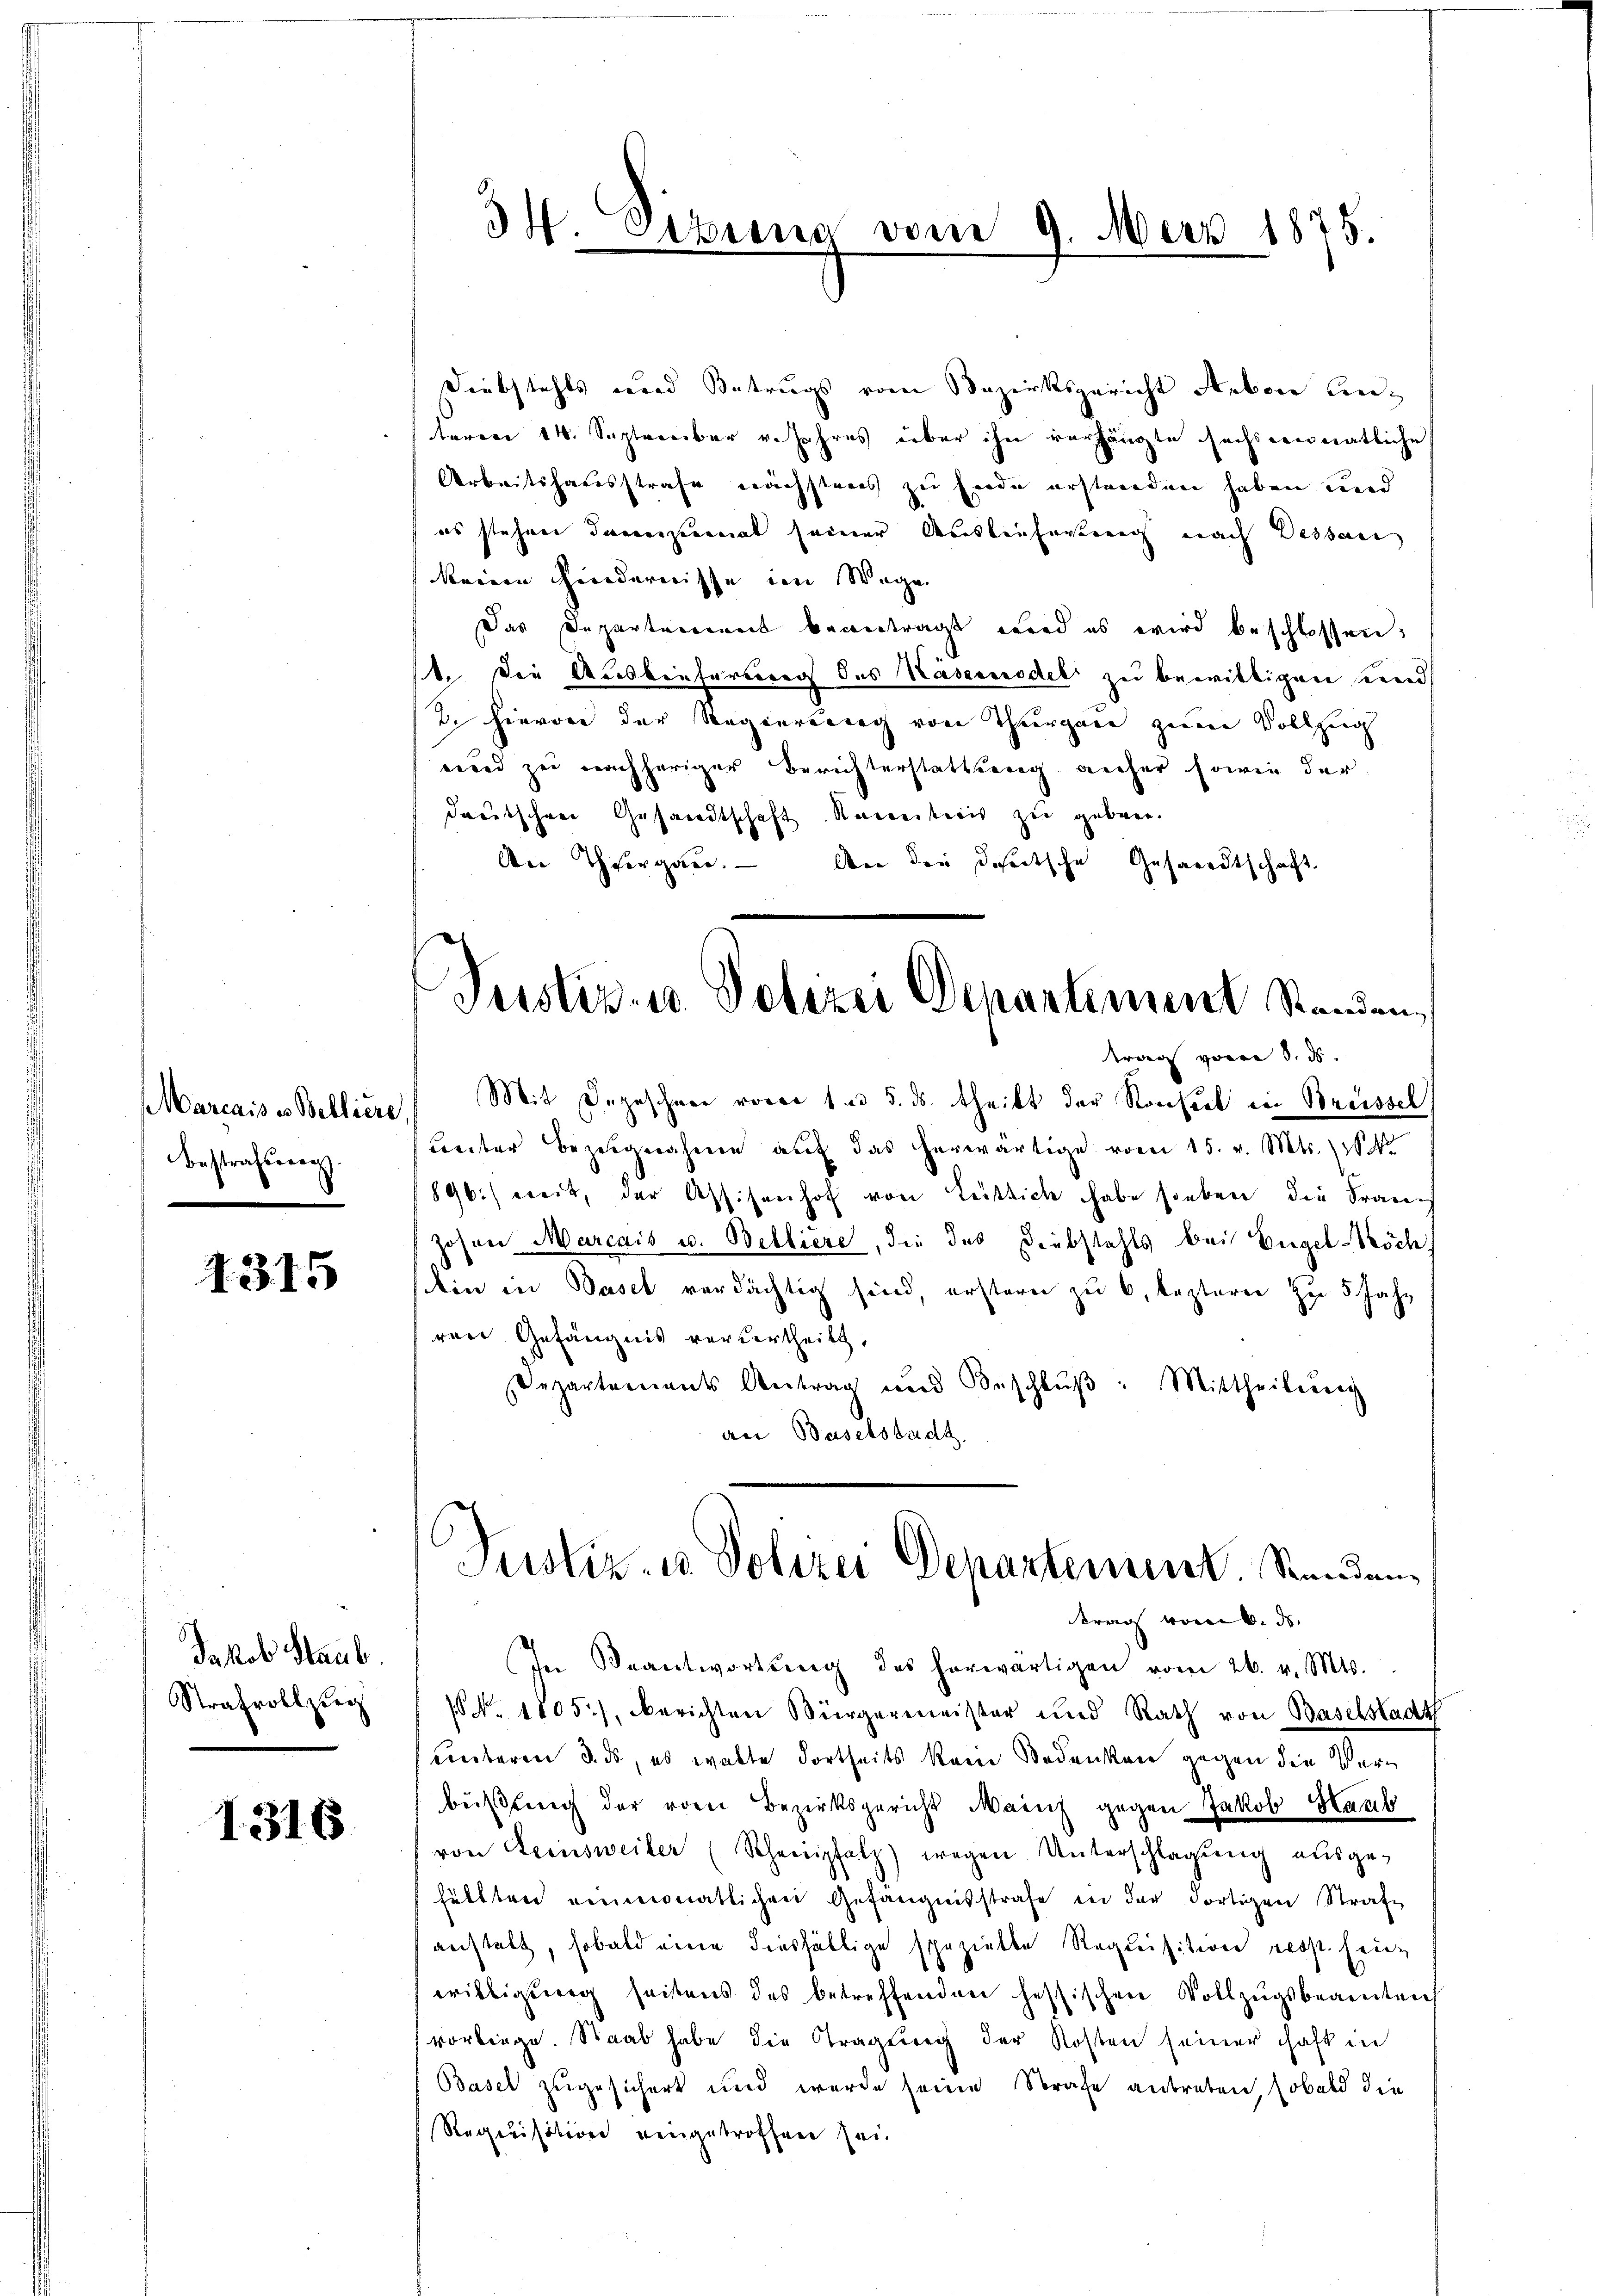
(Warcais es Belliere.
Bestrafseren.

1315

Jakob Staub
Strafvoll zeig

1316

Diebstahls wird Betrugs vom Bezirksgericht Reben anteren 14. September v. Jahres über ihn vorhängte sechseimatliche
Arbeitshausstrafe nächsteres zu Ende erstanden haben und
es stehen dannzumal seiner Ausbeifügung nach Dessan
keine Hindernisse im Wege.
Das Departement beantragt wird es wird beschlossen:
1. Die Ausbrefertere des Kasernrodel zu bewilligen und
2. Hievon der Regierung von Thurgau zum Vollzug
rend zu nachheriger Berichterstattung anher sowie der
dreutschen Gesandtschaft. Karrectoris zu geben.
An Thiergau. An den deseitsche Gesandtschaft

34. Sitzung vom 9. März 1875.

Justiz- u. Polizei Departement Standen,
trag von 8. ds.

Mit Depeschnee vorer und 5. ds. theilt der Konsort in Brüssel
Leiber Bezugnahme auf das herwärtige vom 15. v. Mts. 18
896.) weit, der Assisenhof von Leitlich habe soeben die Fraue
Johann Marcais u. Belliere, die das Diebstahls bei Engel-Köch
dein in Basel verdächtig sind, erstern zu 6, lezterer zu 5 Jahr
rrer Gefängnis vordertheilt,
Departements Antrag und Beschlŭβ: Mittheilŭng
an Baselstadt.
In Beantwortung des herwärtigen vom 26. v. Mts.
1 No 1805), Berichten Bürgermeister und Rath von Baselstadt
unbaren 3. ds, es walte dortheits kam Bodenken gegen die Verbußling der vom Bezirksgericht Mainz gegen Jakob Haub
von Fernsweiler (Schenpfalz) wegen Unterschlagung ausgehälften einmonatlichen Gefängnisstrafe in der dortigen Strafe
restalt, sobald eine diesfällige spezielte Requisition resp. Einwristigung seitens des betreffenden hessischen Vollzugsbeamten
vorbenge. Staab habe die Tragung der Kosten seiner haft in
Basel zugesichert und werde seine Strafe antreten, sobald die
Requisition eingetroffen sei.

Justiz- u. Polizei Departement. Stunden,
trag vom 6. ds.